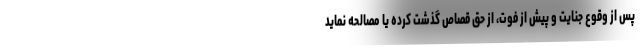
پس از وقوع جنایت و پیش از فوت، از حق قصاص گذشت کرده یا مصالحه نماید